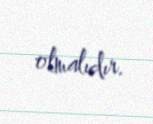
olmalıdır.